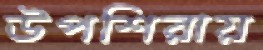
উপশিরায়